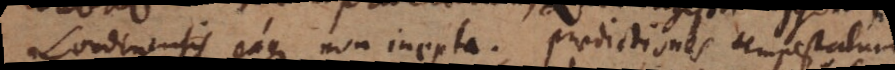
Londinensis, eaque non inepta. Praedictiones tempestatum